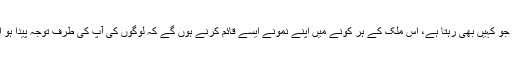
اگر تبلیغی میدان بڑھانا ہے تو ہم میں سے ہر ایک کو، جو کہیں بھی رہتا ہے، اس ملک کے ہر کونے میں اپنے نمونے ایسے قائم کرنے ہوں گے کہ لوگوں کی آپ کی طرف توجہ پیدا ہو اور تا کہ اُس کے نتیجہ میں پھر تبلیغ کے میدان کھلیں۔